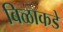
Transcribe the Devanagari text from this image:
बिळाकडे